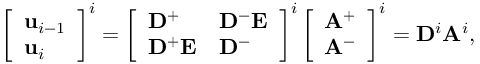
\left[ \begin{array} { l } { \mathbf { u } _ { i - 1 } } \\ { \mathbf { u } _ { i } } \end{array} \right] ^ { i } = \left[ \begin{array} { l l } { \mathbf { D } ^ { + } } & { \mathbf { D } ^ { - } \mathbf { E } } \\ { \mathbf { D } ^ { + } \mathbf { E } } & { \mathbf { D } ^ { - } } \end{array} \right] ^ { i } \left[ \begin{array} { l } { \mathbf { A } ^ { + } } \\ { \mathbf { A } ^ { - } } \end{array} \right] ^ { i } = \mathbf { D } ^ { i } \mathbf { A } ^ { i } ,